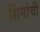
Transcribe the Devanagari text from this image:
शिंगांची